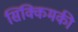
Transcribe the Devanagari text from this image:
सिक्किमकी